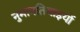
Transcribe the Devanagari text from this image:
नुमानतियाइयों